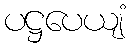
ပဋ္ဌပေယျံ